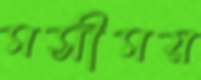
মসীময়